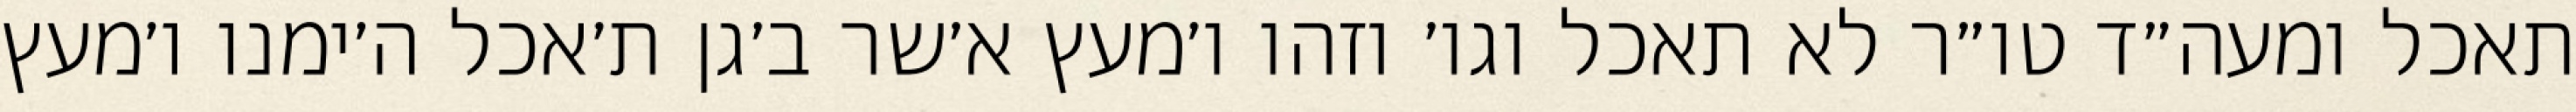
תאכל ומעה״ד טו״ר לא תאכל וגו׳ וזהו ו׳מעץ א׳שר ב׳גן ת׳אכל ה׳ימנו ו׳מעץ